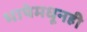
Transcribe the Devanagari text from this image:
भाषेमधूनही